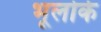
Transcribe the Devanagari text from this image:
भूलोर्के